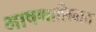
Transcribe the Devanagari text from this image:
भाषणाशिवाय